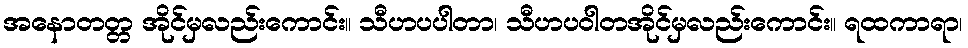
အနောတတ္တ အိုင်မှလည်းကောင်း။ သီဟပပါတာ၊ သီဟပဝါတအိုင်မှလည်းကောင်း။ ရထကာရာ၊